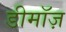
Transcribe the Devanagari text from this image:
डीमॉज़